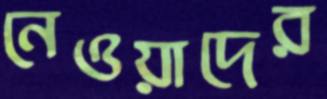
নেওয়াদের